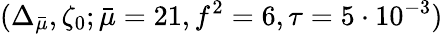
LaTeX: (\Delta_{\bar{\mu}},\zeta_{0};\bar{\mu}=21,f^{2}=6,\tau=5\cdot 10^{-3})